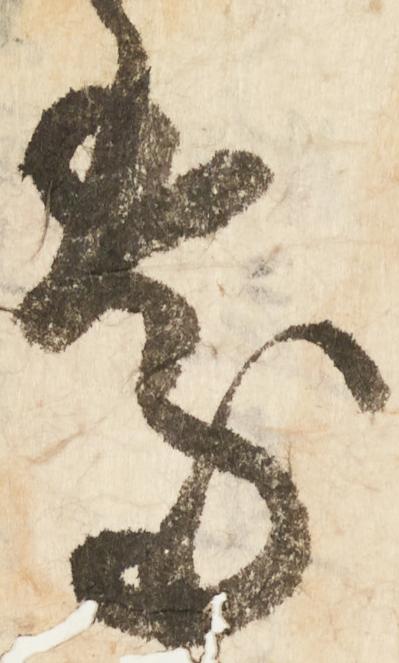
処